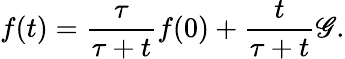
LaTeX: f(t)=\frac{\tau}{\tau+t}f(0)+\frac{t}{\tau+t}\mathscr{G}.